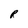
Character: R